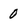
Character: 0